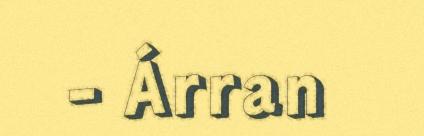
- Árran